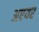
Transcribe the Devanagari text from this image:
अएयर